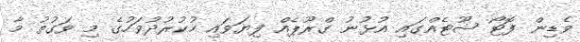
ވެޑިން ފޮޓޯ ޝޫޓެއްގައި އުޅުނު ގްރޫޕެއް ފިޔަވައި ހުކުރުދުވަހުގެ މި ވަގުތު މާ